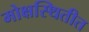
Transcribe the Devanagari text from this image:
मोक्षस्थितीत